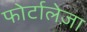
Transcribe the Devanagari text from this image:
फोर्टालेज़ा